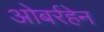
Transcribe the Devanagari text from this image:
ओबर्रहेन